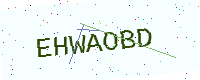
Text: EHWAOBD